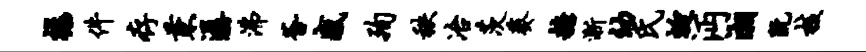
禄件存兼潺沸釜感殉秩冶茨葵糖渐幼氏蜓沔湘阮核